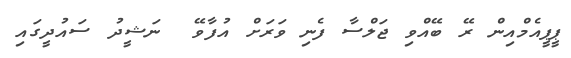
ޕީޕީއެމްއިން ރޭ ބޭއްވި ޖަލްސާ ފެނި ވަރަށް އުފާވޭ  ނަޝީދު ސައުދީގައި